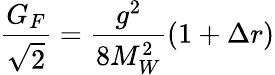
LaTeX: \frac{G_{F}}{\sqrt{2}}=\frac{g^{2}}{8M_{W}^{2}}(1+\Delta r)